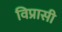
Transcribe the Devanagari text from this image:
विप्रासी